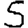
Digit: 5